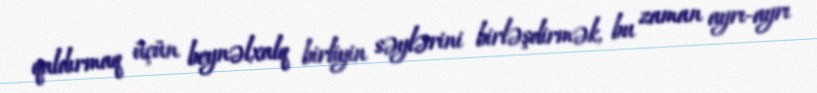
qaldırmaq üçün beynəlxalq birliyin səylərini birləşdirmək, bu zaman ayrı-ayrı